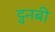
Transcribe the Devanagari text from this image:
ट्वनबी